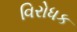
વિરોધક